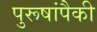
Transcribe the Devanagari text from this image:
पुरूषांपैकी